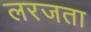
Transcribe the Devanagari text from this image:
लरजता